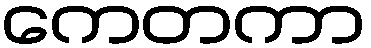
ကေတကာ